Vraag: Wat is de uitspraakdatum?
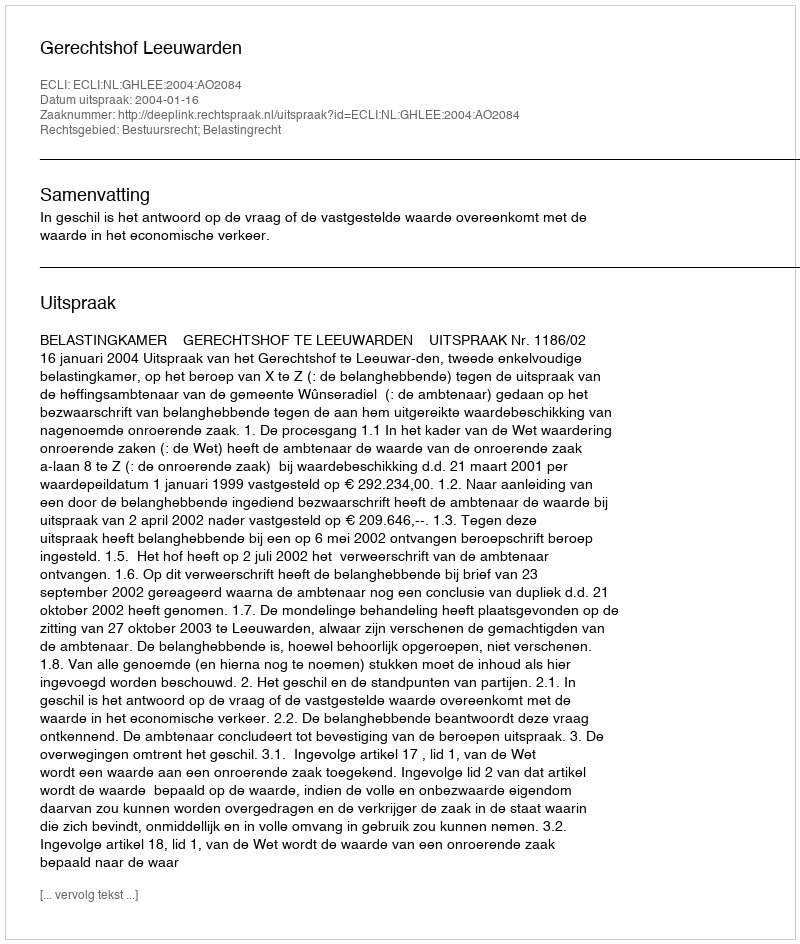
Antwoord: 2004-01-16